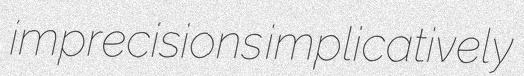
imprecisions implicatively